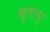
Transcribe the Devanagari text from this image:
श्रुतायु